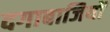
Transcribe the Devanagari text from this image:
दगाबाजियों